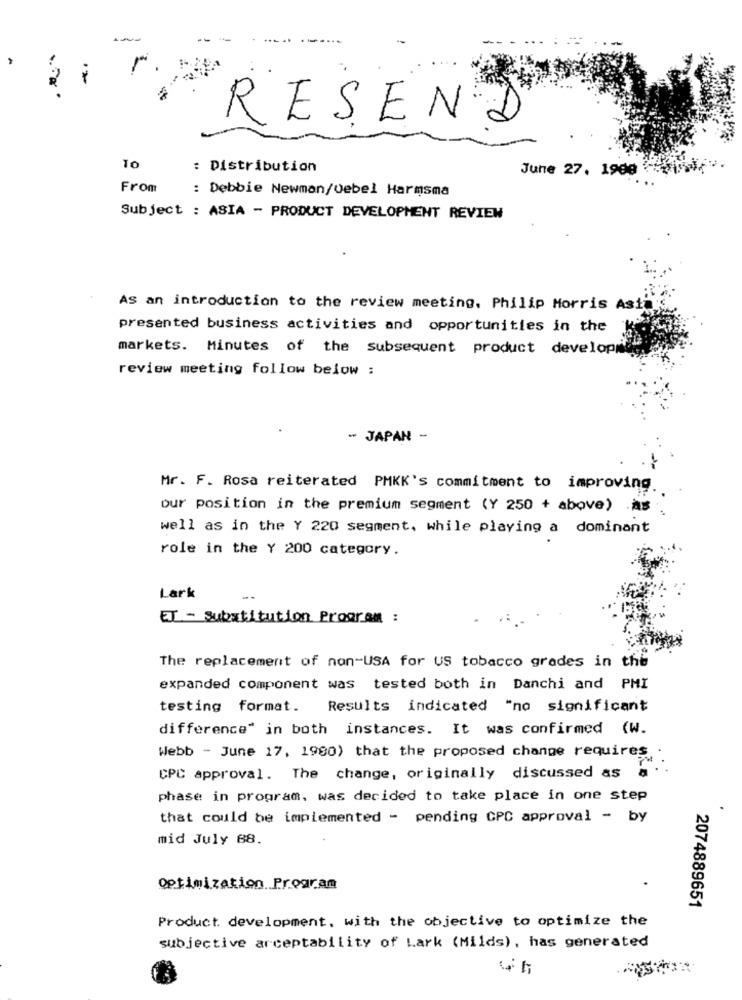
1
2
RESEND
To
: Distribution
June 27. 1900
From
: Debbie Newman/0ebel Harmsma
Subject : ASIA - PRODUCT DEVELOPMENT REVIEW
AS an introduction to the review meeting. Philip Morris Asta
presented business activities and opportunities in the
markets. Minutes of the subsequent product developwil
review meeting follow below :
- JAPAN -
Mr. F. Rosa reiterated PMKK's commitment to improving.
our position in the premium segment (Y 250 + above) .As
well as in the Y 220 segment, while playing a dominant
role in the Y 200 category.
Lark
ET - Substitution Program :
The replacement of non-USA for US tobacco grades in the
expanded component was tested both in Danchi and PMI
testing format. Results indicated "no significant
difference" in both instances. It was confirmed (W.
Webb - June 17, 1980) that the proposed change requires.
CPC approval. The change, originally discussed as
phase in program, was decided to take place in one step
that could be implemented - pending CPC approval - by
mid July 88.
optimization .. Program
2074889651
Product development, with the objective to optimize the
subjective arceptability of Lark (Milds), has generated
4%